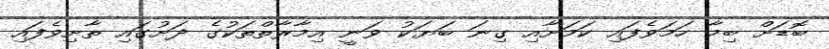
ބޮޑަށް ބިމާ ހަމަވެފައި ކަމަށާއި ގިނަ ބަޔަކު ވަނީ އިމާރާތްތަކުގެ ދަށުގައި ތާށިވެފައި